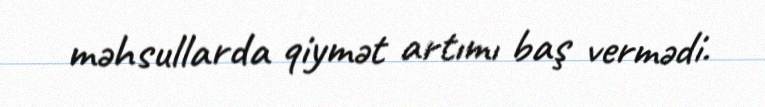
məhsullarda qiymət artımı baş vermədi.